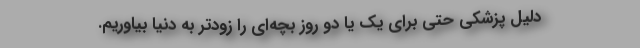
دلیل پزشکی حتی برای یک یا دو روز بچه‌ای را زودتر به دنیا بیاوریم.